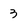
Character: 3